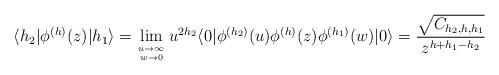
LaTeX: \begin{align*}\langle h_2 | \phi^{(h)} (z) | h_1 \rangle= \lim_{\rule{0mm}{1.7mm} u \rightarrow \infty \atop w \rightarrow 0} u^{2 h_2}\langle 0| \phi^{(h_2)}(u) \phi^{(h)} (z) \phi^{(h_1)} (w) |0\rangle= \frac{\sqrt{C_{h_2,h,h_1}}}{z^{h+h_1-h_2}}\end{align*}